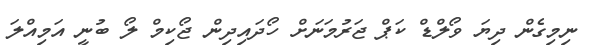
ނިމިގެން ދިޔަ ވޯލްޑް ކަޕް ޖަރުމަނަށް ހޯދައިދިން ޖޯކިމް ލޯ ބުނީ އަމިއްލަ